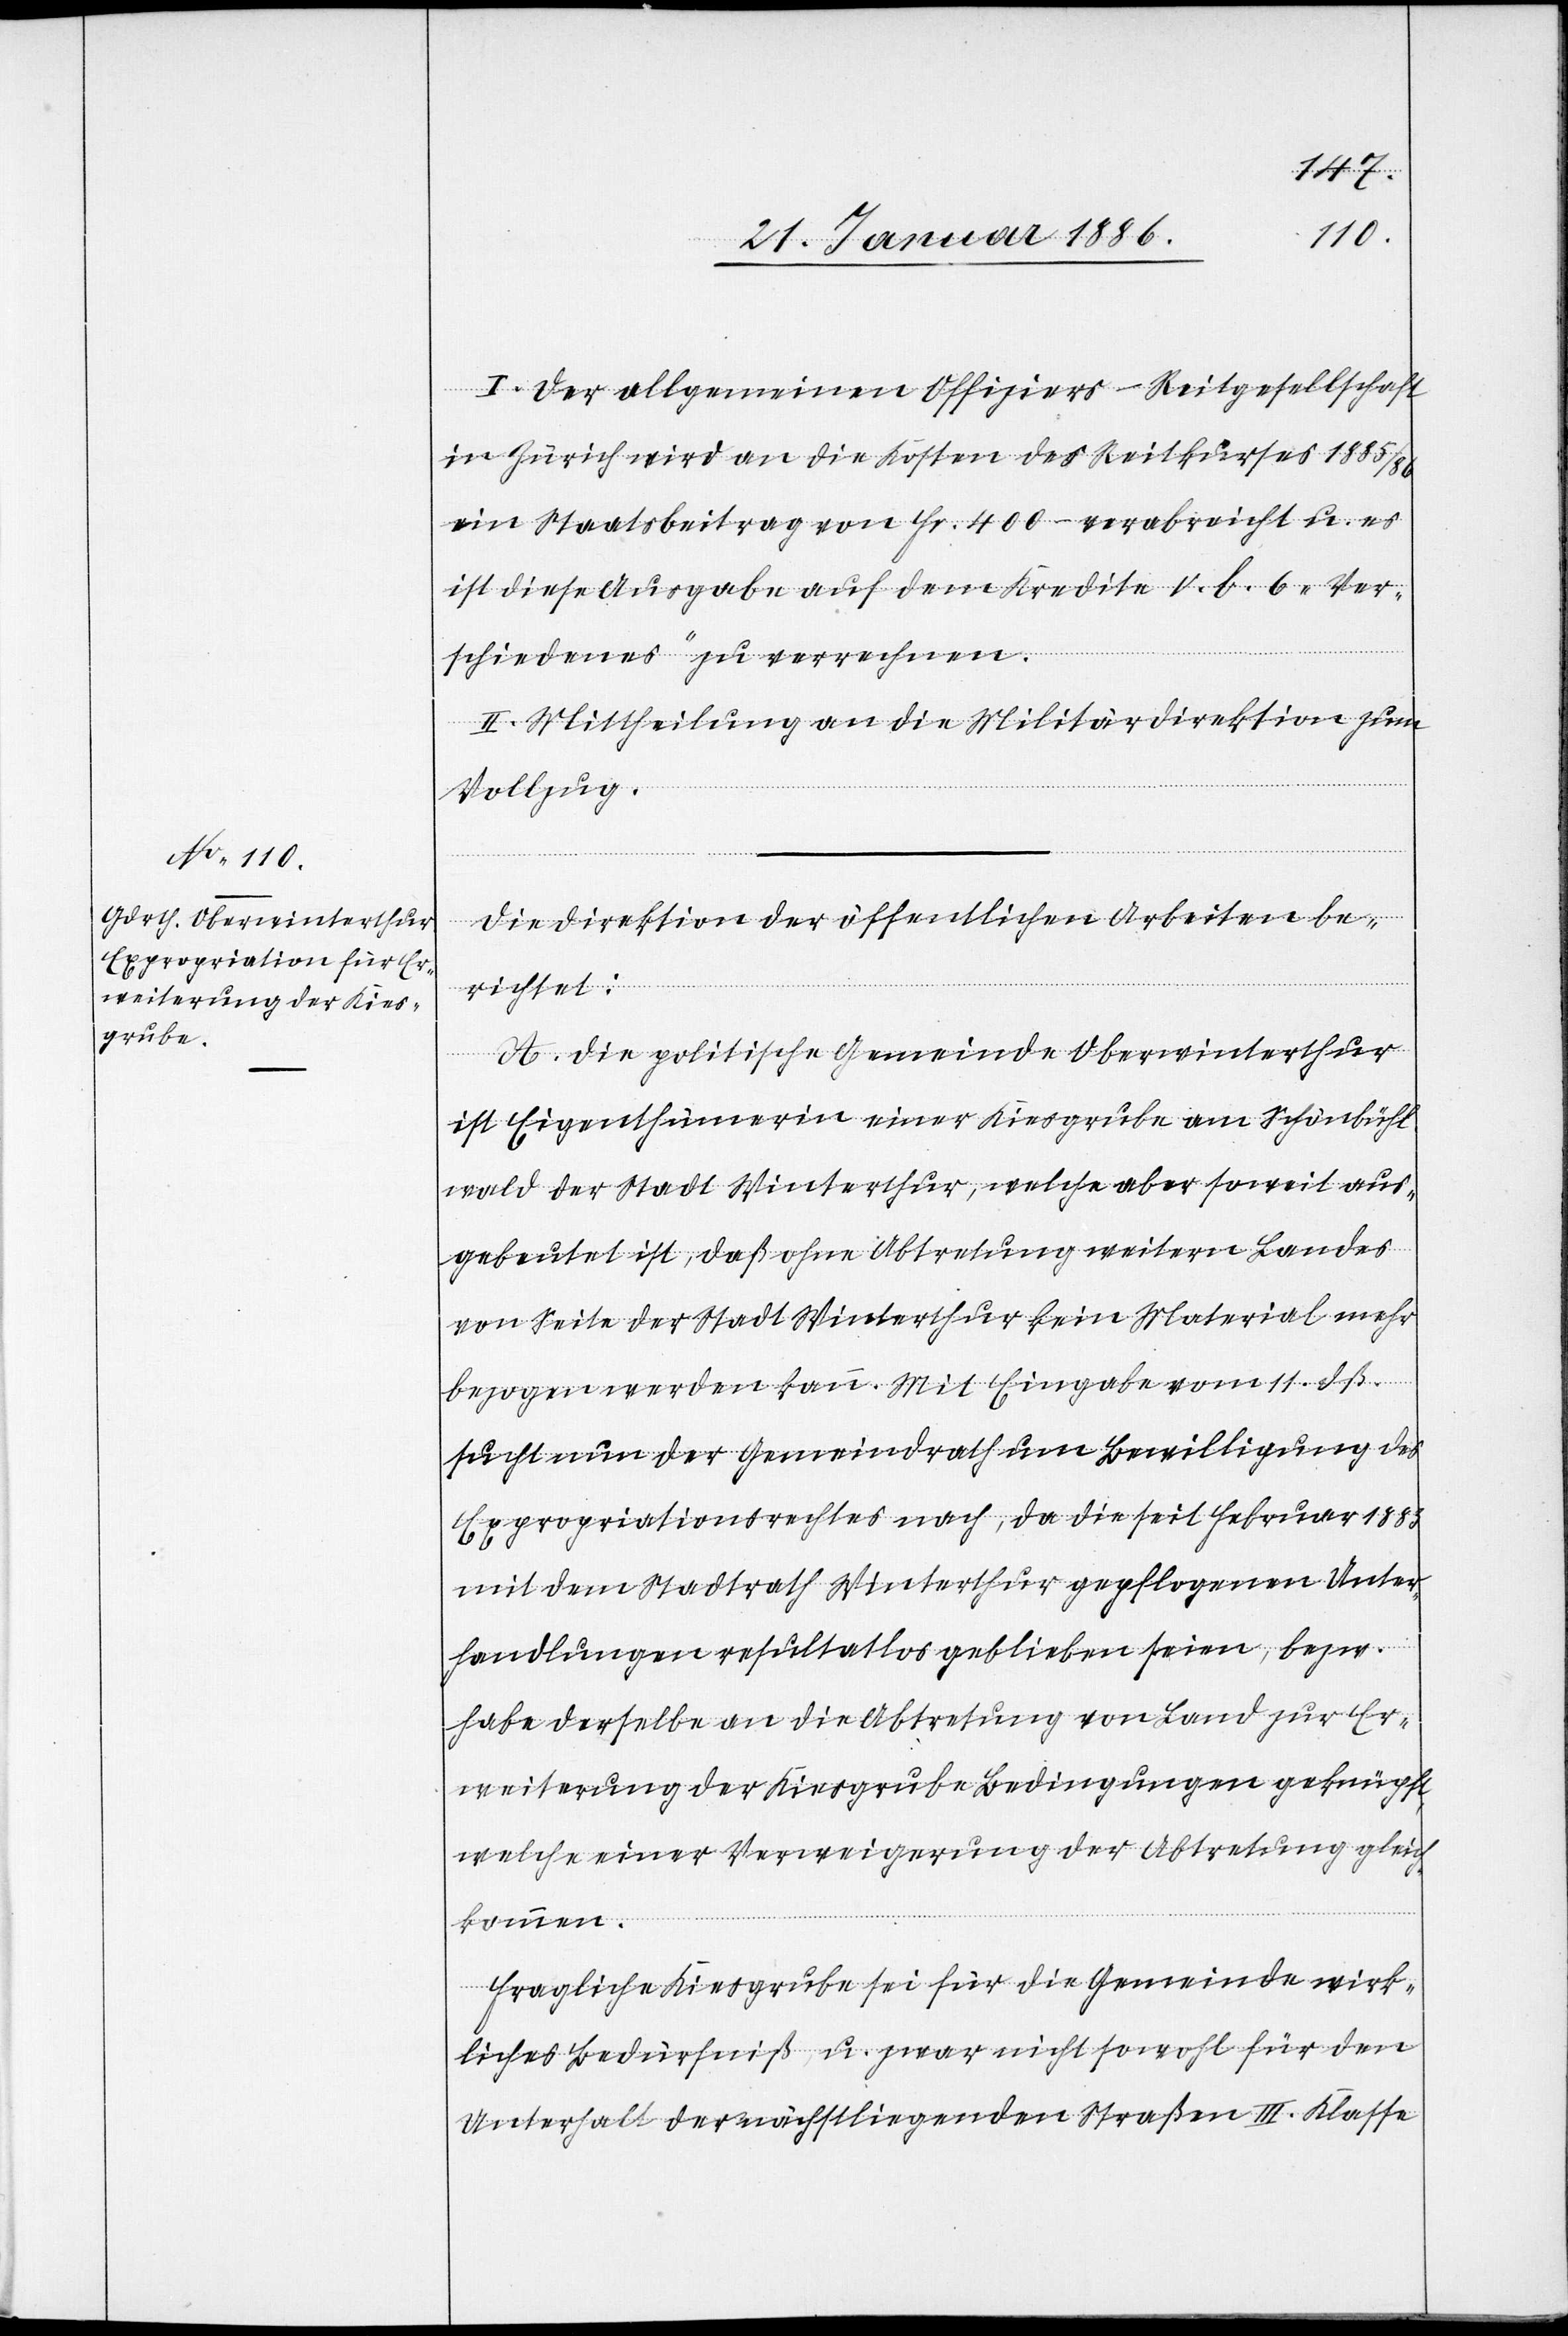
I. Der allgemeinen Offizier-Reitgesellschaft
in Zürich wird an die Kosten des Reitkurses 1885/86
ein Staatsbeitrag von Fr. 400.– verabreicht u. es
ist diese Ausgabe auf dem Kredite v. b. 6 „Ver¬
schiedenes“ zu verrechnen.
II. Mittheilung an die Militärdirektion zum
Vollzug.
Die Direktion der öffentlichen Arbeiten be¬
richtet:
A. Die politische Gemeinde Oberwinterthur
ist Eigenthümerin einer Kiesgrube am Schöhnbühl¬
wald der Stadt Winterthur, welche aber soweit aus¬
gebeutet ist, daß ohne Abtretung weitern Landes
von Seite der Stadt Winterthur kein Material mehr
bezogen werden kann. Mit Eingabe vom 11. dß.
sucht nun der Gemeindrath um Bewilligung des
Expropriationsrechtes nach, da die seit Februar 1885
mit dem Stadtrath Winterthur gepflogenen Unter¬
handlungen resultatlos geblieben seien, bezw.
habe derselbe an die Abtretung von Land zur Er¬
weiterung der Kiesgrube Bedingungen geknüpft,
welche einer Verweigerung der Abtretung gleich¬
kommen.
Fragliche Kiesgrube sei für die Gemeinde wirk¬
liches Bedürfniß u. zwar nicht sowol für den
Unterhalt der nächstliegenden Straßen III. Klasse